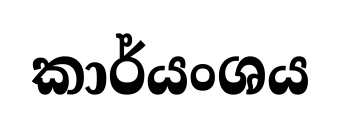
කාර්යංශය